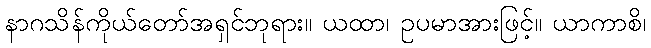
နာဂသိန်ကိုယ်တော်အရှင်ဘုရား။ ယထာ၊ ဥပမာအားဖြင့်။ ယာကာစိ၊